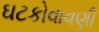
ઘટકોવાવણી